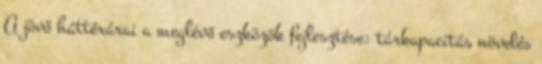
A jövő háttérárai a meglévő eszközök fejlesztése: tárkapacitás növelés